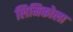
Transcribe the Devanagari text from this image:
लिमिकोला